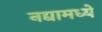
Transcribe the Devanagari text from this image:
नद्यामध्ये